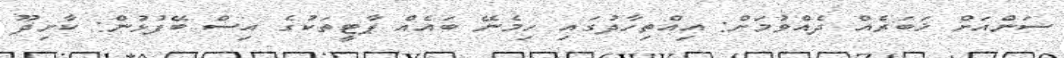
ސަންއަށް ޚަބަރެއް ދެއްވުމަށް: އިއްތިހާދުގައި ހިމެނޭ ބައެއް ޕާޓީތަކުގެ އިސް ބޭފުޅުން: ކާށިދޫ